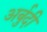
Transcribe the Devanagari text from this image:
अर्बुदी